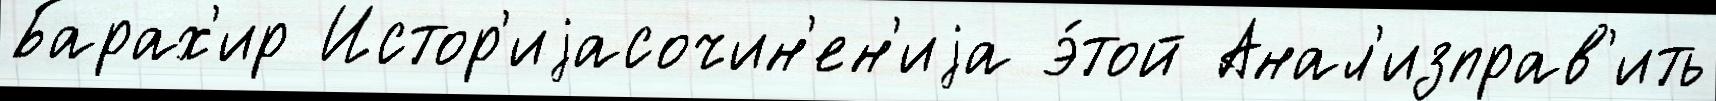
Барах'ир Истор'иjасочин'ен'иjа э́той Анал'изправ'ить